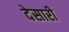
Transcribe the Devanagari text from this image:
देसारी